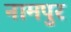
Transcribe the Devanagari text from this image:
नामपुर